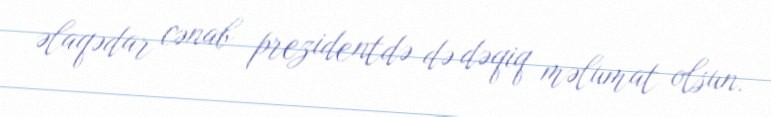
əlaqədar cənab prezidentdə də dəqiq məlumat olsun.